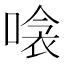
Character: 𠹸